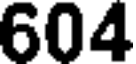
604